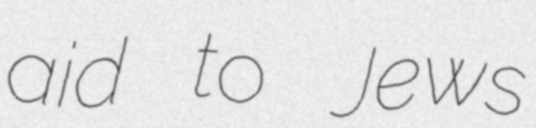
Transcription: aid to Jews